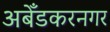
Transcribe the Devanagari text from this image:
अबेँडकरनगर